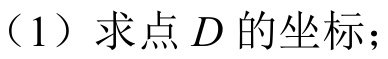
（1）求点\(D\)的坐标；